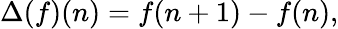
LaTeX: \Delta(f)(n)=f(n+1)-f(n),